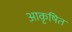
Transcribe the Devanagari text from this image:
आकृषित